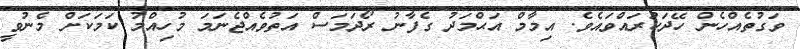
ވަގުތެއްހެން ހޭދަކުރައްވައެވެ. އިމާމް އަޙްމަދު ގެފާނު ރޯދަމަސް އަތުވެއްޖެނަމަ މުހިއްމު ކަމަކަށް މެނުވީ